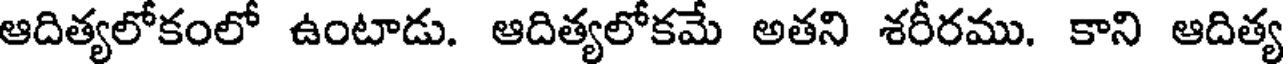
ఆదిత్యలోకంలో ఉంటాడు. ఆదిత్యలోకమే అతని శరీరము. కాని ఆదిత్య